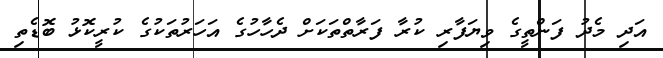
އަދި މެދު ފަންތީގެ ވިޔަފާރި ކުރާ ފަރާތްތަކަށް ދެހާހުގެ އަހަރުތަކުގެ ކުރީކޮޅު ބޮޑެތި